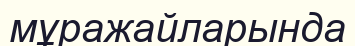
мұражайларында